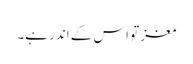
مغز تو اس کے اندر ہے۔